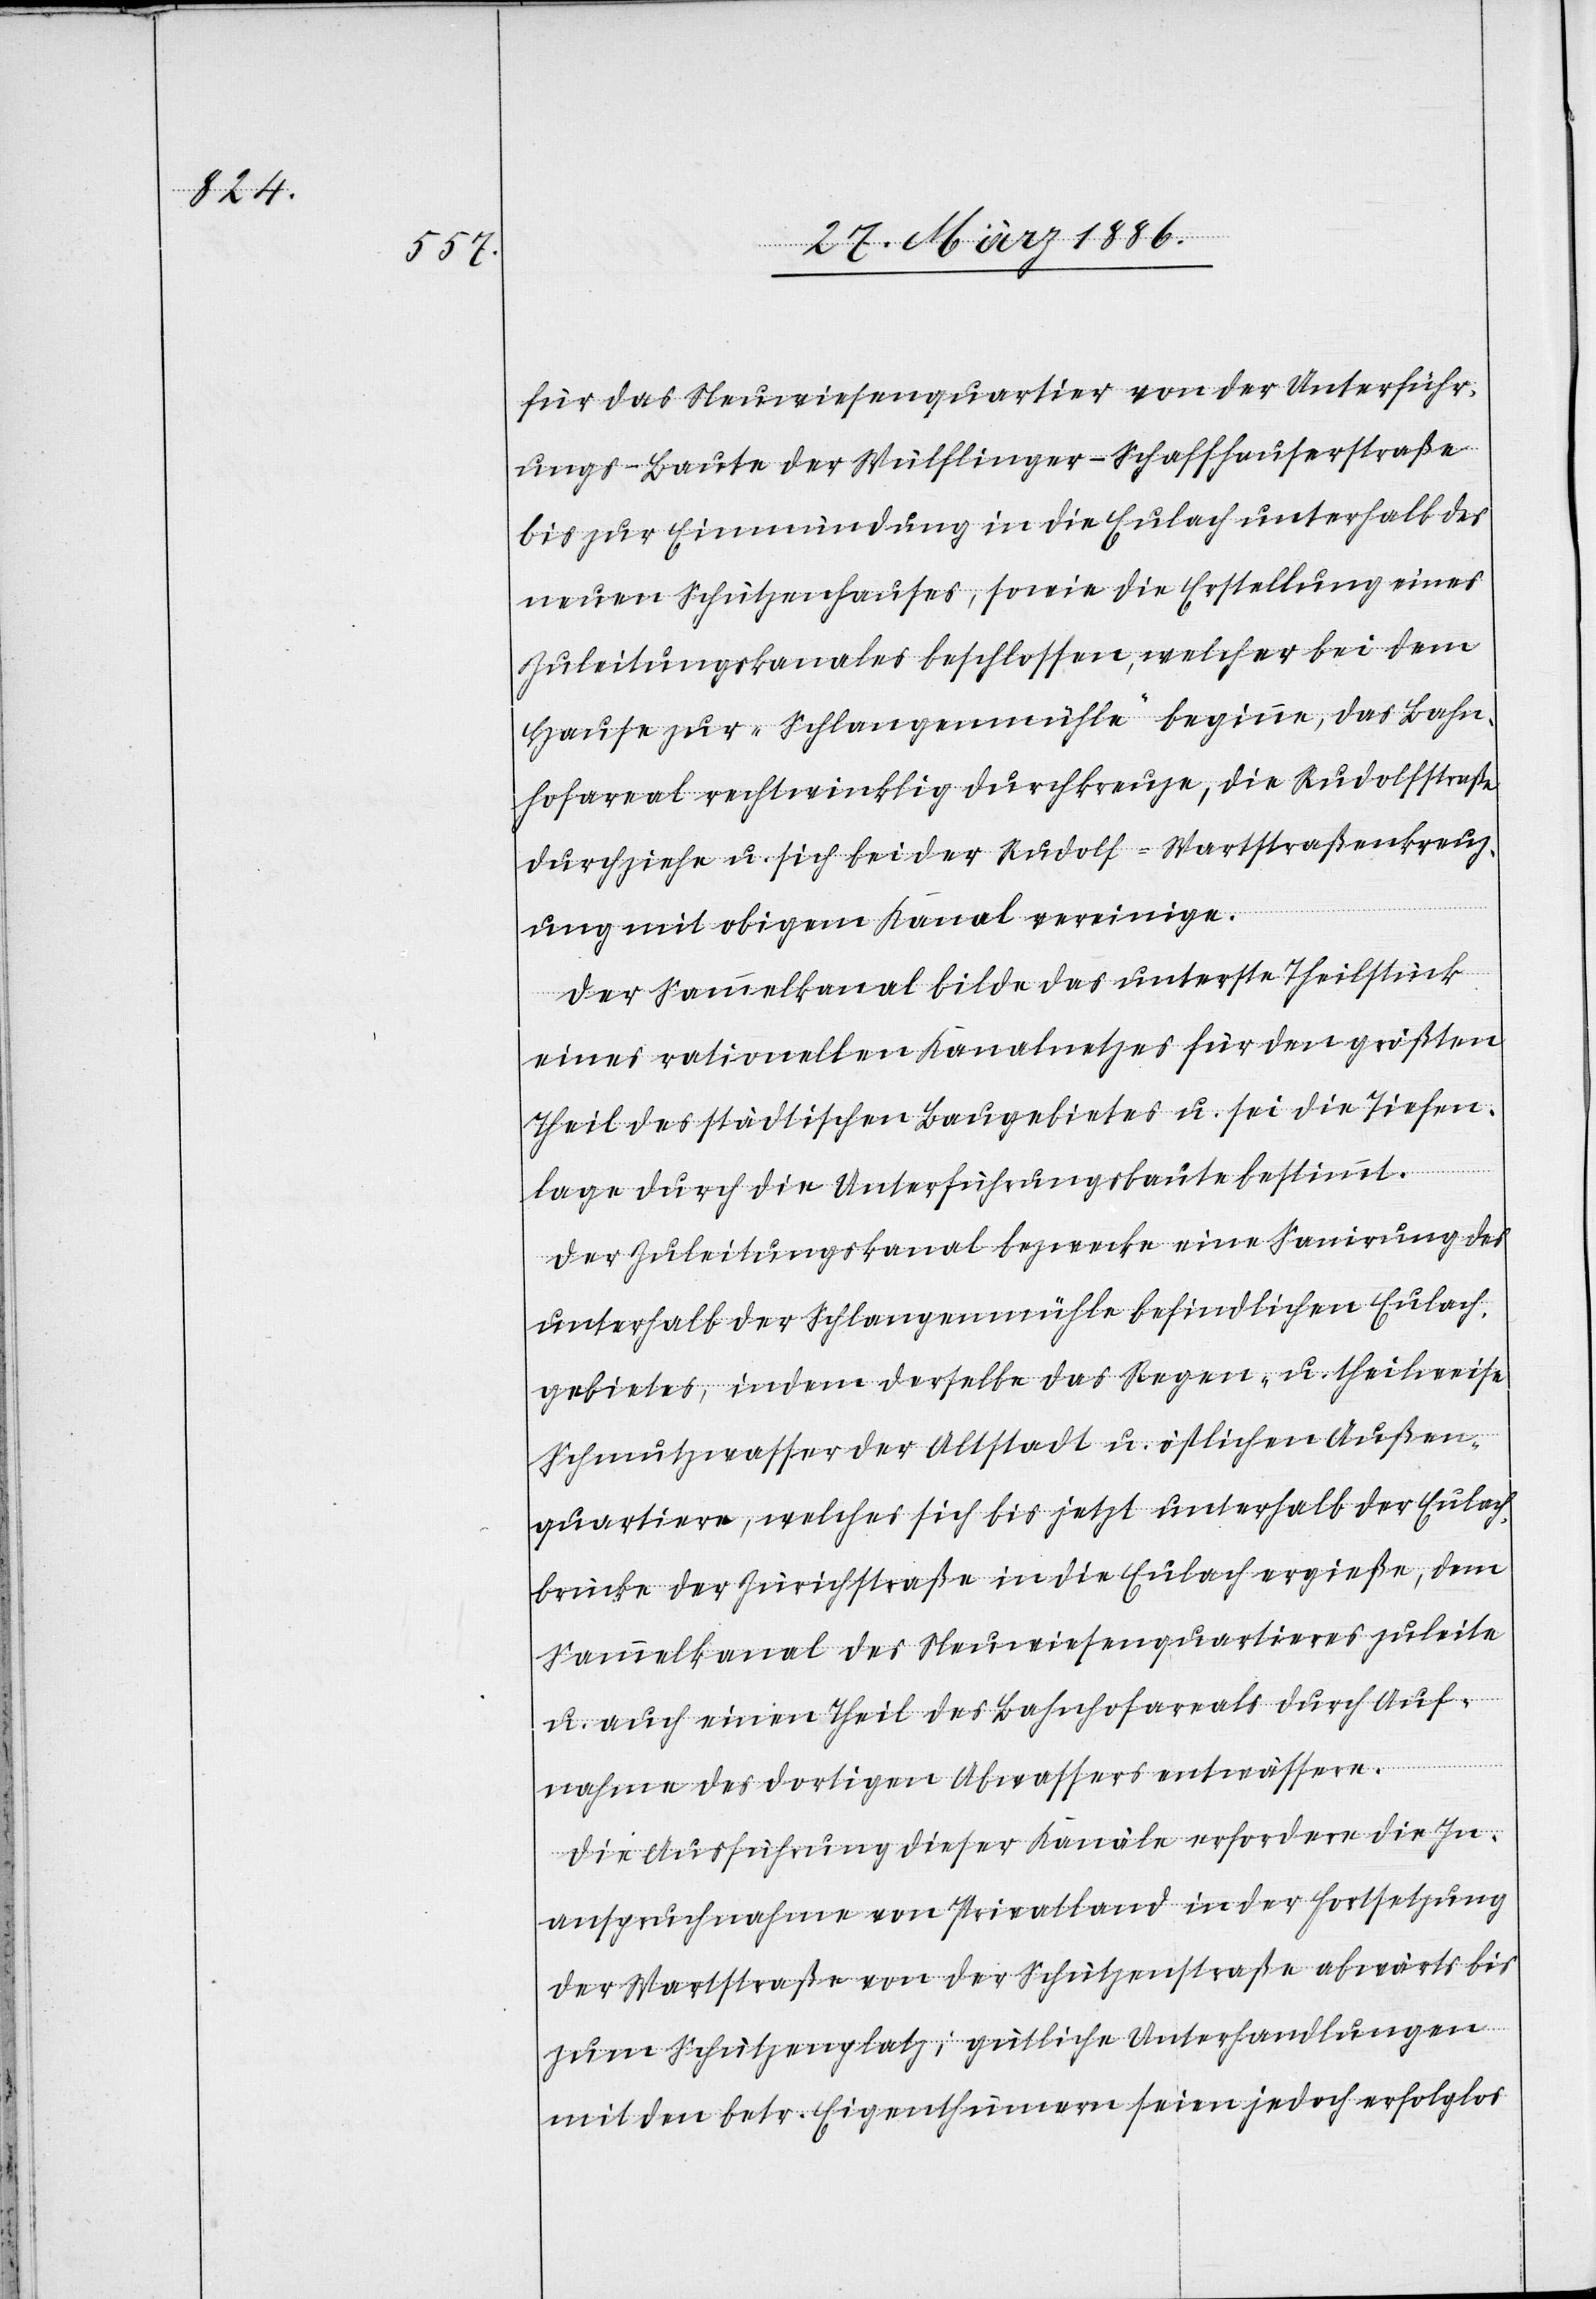
für das Neuwiesenquartier von der Unterführ¬
ungs-Baute der Wülflinger-Schaffhauserstraße
bis zur Einmündung in die Eulach unterhalb des
neuen Schützenhauses, sowie die Erstellung eines
Zuleitungskanales beschlossen, welcher bei dem
Hause zur „Schlangenmühle“ beginne, das Bahn¬
hofareal rechtwinklig durchkreuze, die Rudolfstraße
durchziehe u. sich bei der Rudolf-Wartstraßenkreuz¬
ung mit obigem Kanal vereinige.
Der Sammelkanal bilde das unterste Theilstück
eines rationellen Kanalnetzes für den größten
Theil des städtischen Baugebietes u. sei die Tiefen¬
lage durch die Unterführungsbaute bestimmt.
Der Zuleitungskanal bezwecke eine Sanierung des
unterhalb der Schlangenmühle befindlichen Eulach¬
gebietes, indem derselbe das Regen- u. theilweise
Schmutzwasser der Altstadt u. östlichen Außen¬
quartiere, welches sich bis jetzt unterhalb der Eulach¬
brücke der Zürichstraße in die Eulach ergieße, dem
Sammelkanal des Neuwiesenquartieres zuleite
u. auch einen Theil des Bahnhofareals durch Auf¬
nahme des dortigen Abwassers entwässere.
Die Ausführung dieser Kanäle erfordere die In¬
anspruchnahme von Privatland in der Fortsetzung
der Wartstraße von der Schützenstraße abwärts bis
zum Schützenplatz; gütliche Unterhandlungen
mit den betr. Eigenthümern seien jedoch erfolglos